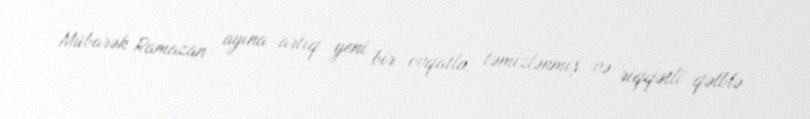
Mübarək Ramazan ayına artıq yeni bir ovqatla, təmizlənmiş və riqqətli qəlblə